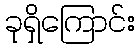
ခုရှိကြောင်း